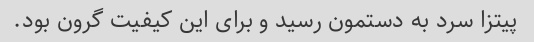
پیتزا سرد به دستمون رسید و برای این کیفیت گرون بود.